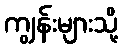
ကျွန်းများသို့